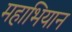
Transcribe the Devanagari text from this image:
महाभियान